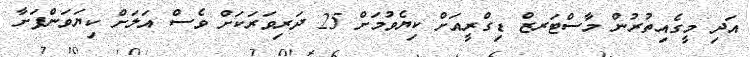
އަދި މީގެއިތުރުން މާސްޓަރޒް ޑިގްރީއަށް ކިޔެވުމަށް 25 ދަރިވަރަކަށް ވެސް އަލަށް ކިޔަވަންފަށާ